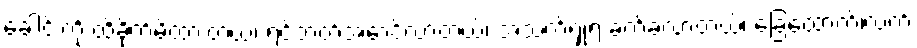
ခေါင်းကို ထိခိုက်မိထားတယ်၊ ရင်ဘတ်အောင့်လာတယ်၊ အသက်ရှုရ ခက်ခဲလာတယ်၊ ခြေထောက်၊လက်